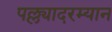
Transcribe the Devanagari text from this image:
पल्ल्यादरम्यान